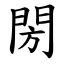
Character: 閍